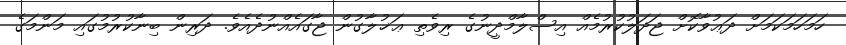
ހަމަހަމަކަމަށް ދަޢުވާކޮށް ޖަދަލުކުރުމެއް އިސްލާމްދީނުގެ ރިވެތި ޢަޚުލާގުން ޖާގައެއްނުދެއެވެ. ދަރިން ބިނާކުރުމުގައި މަންމަގެ